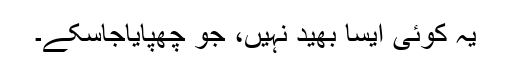
یہ کوئی ایسا بھید نہیں، جو چھپایاجاسکے۔